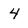
Character: 4